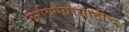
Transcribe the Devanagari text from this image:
ठरविण्यासाठीच